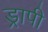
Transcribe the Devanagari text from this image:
ड्रापी